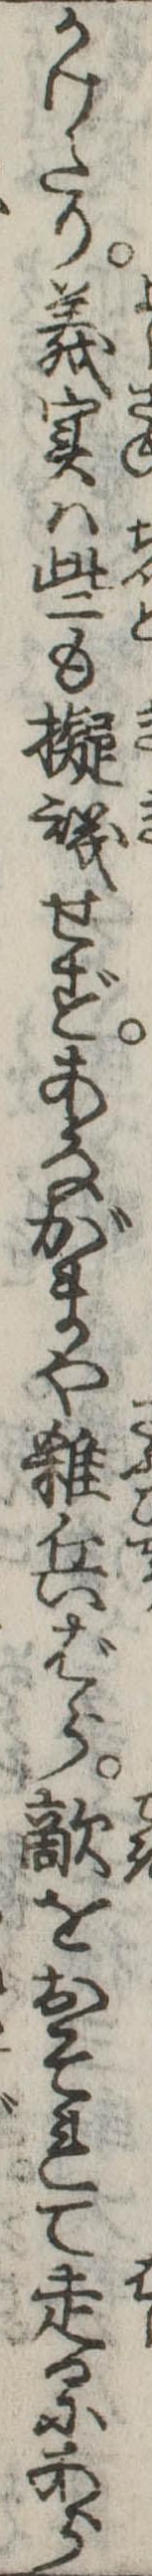
かけたり義実は些も擬議せずあながまや雑兵ばら敵をおそれて走るにあら